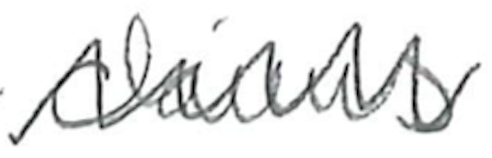
Text: claims
Cross-out: zig-zag
Writing tool: pencil